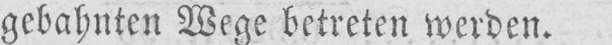
gebahnten Wege betreten werden.